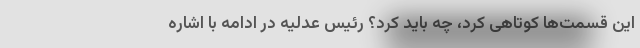
این قسمت‌ها کوتاهی کرد، چه باید کرد؟ رئیس عدلیه در ادامه با اشاره